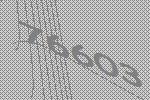
76603